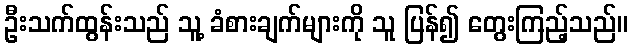
ဦးသက်ထွန်းသည် သူ့ ခံစားချက်များကို သူ ပြန်၍ တွေးကြည့်သည်။